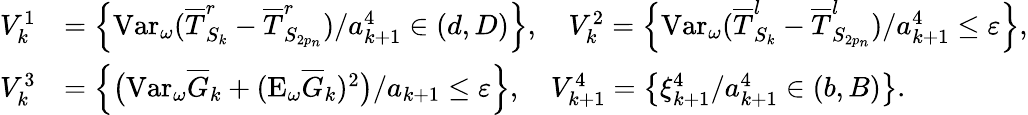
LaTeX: \begin{array}{rl}{V_{k}^{1}}&{=\left\{ \mathrm{Var}_{\omega}(\overline{T}_{S_{k}}^{r}-\overline{T}_{S_{2p_{n}}}^{r})/{a_{k+1}^{4}}\in(d,D)\right\} ,\quad V_{k}^{2}=\left\{ \mathrm{Var}_{\omega}(\overline{T}_{S_{k}}^{l}-\overline{T}_{S_{2p_{n}}}^{l})/a_{k+1}^{4}\le\varepsilon\right\} ,}\\ {V_{k}^{3}}&{=\left\{ \big(\mathrm{Var}_{\omega}\overline{G}_{k}+(\mathrm{E}_{\omega}\overline{G}_{k})^{2}\big)/a_{k+1}\le\varepsilon\right\} ,\quad V_{k+1}^{4}=\left\{ \xi_{k+1}^{4}/a_{k+1}^{4}\in(b,B)\right\} .}\end{array}